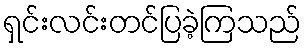
ရှင်းလင်းတင်ပြခဲ့ကြသည်